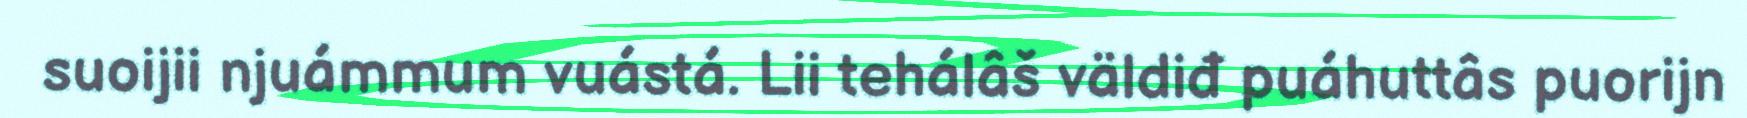
suoijii njuámmum vuástá. Lii tehálâš väldiđ puáhuttâs puorijn